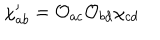
\chi _ { a b } ^ { \prime } = \mathcal { O } _ { a c } \mathcal { O } _ { b d } \chi _ { c d }